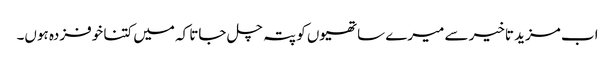
اب مزید تاخیر سے میرے ساتھیوں کو پتہ چل جاتا کہ میں کتنا خوفزدہ ہوں۔